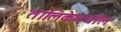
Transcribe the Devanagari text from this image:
तालिकेमधील